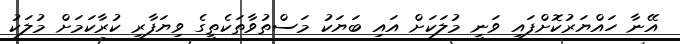
އޭނާ ހައްޔަރުކޮށްފައި ވަނީ މުލަކަށް އައި ބަޔަކު މަސްތުވާތަކެތީގެ ވިޔަފާރި ކުރާކަމަށް މުލަކު